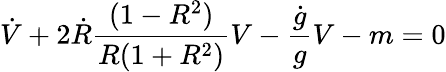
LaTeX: \dot{V}+2\dot{R}{\frac{(1-R^{2})}{R(1+R^{2})}}V-{\frac{\dot{g}}{g}}V-m=0